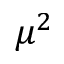
\mu ^ { 2 }